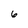
Character: 6